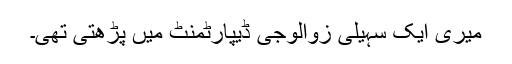
میری ایک سہیلی زوالوجی ڈیپارٹمنٹ میں پڑھتی تھی۔